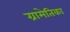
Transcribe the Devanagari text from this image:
ग्रामेतिका